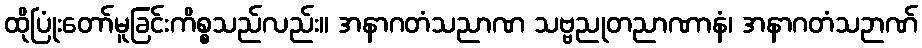
ထိုပြုံးတော်မူခြင်းကိစ္စသည်လည်း။ အနာဂတံသညာဏ သဗ္ဗညုတညာဏာနံ၊ အနာဂတံသဉာဏ်